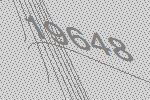
19648